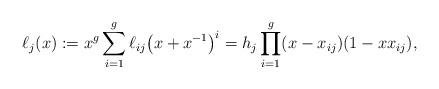
LaTeX: \begin{align*}\ell_j(x) := x^g\sum_{i=1}^g \ell_{ij} \big( x+x^{-1} \big)^i = h_j \prod_{i=1}^g(x-x_{ij})(1-xx_{ij}), \end{align*}